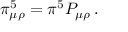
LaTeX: \pi _ { \mu \rho } ^ { 5 } = \pi ^ { 5 } P _ { \mu \rho } \, .